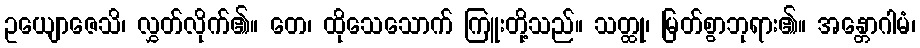
ဥယျောဇေသိ၊ လွှတ်လိုက်၏။ တေ၊ ထိုသေသောက် ကြူးတို့သည်။ သတ္ထု၊ မြတ်စွာဘုရား၏။ အန္တောဂါမံ၊